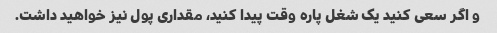
و اگر سعی کنید یک شغل پاره وقت پیدا کنید، مقداری پول نیز خواهید داشت.